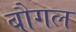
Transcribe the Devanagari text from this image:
बौगल